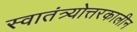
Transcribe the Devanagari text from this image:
स्वातंत्र्योत्तरकालीन